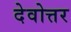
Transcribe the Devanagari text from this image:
देवोत्तर